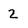
Character: 2